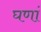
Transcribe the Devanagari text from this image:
घणां